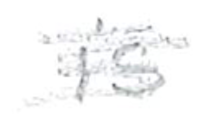
Text: is
Cross-out: scratch
Writing tool: pencil